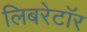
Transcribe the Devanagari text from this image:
लिबरेटॉर